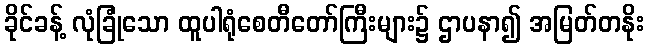
ခိုင်ခန့် လုံခြုံသော ထူပါရုံစေတီတော်ကြီးများ၌ ဌာပနာ၍ အမြတ်တနိုး